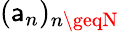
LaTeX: (\mathsf{a}_{n})_{n\geqN}